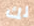
لك